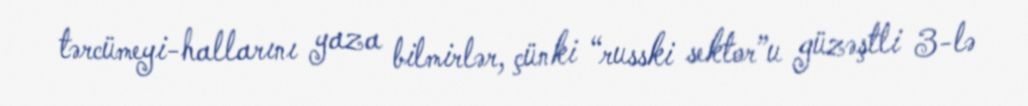
tərcümeyi-hallarını yaza bilmirlər, çünki “russki sektor”u güzəştli 3-lə